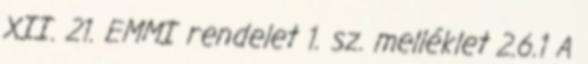
XII. 21. EMMI rendelet 1. sz. melléklet 2.6.1 A